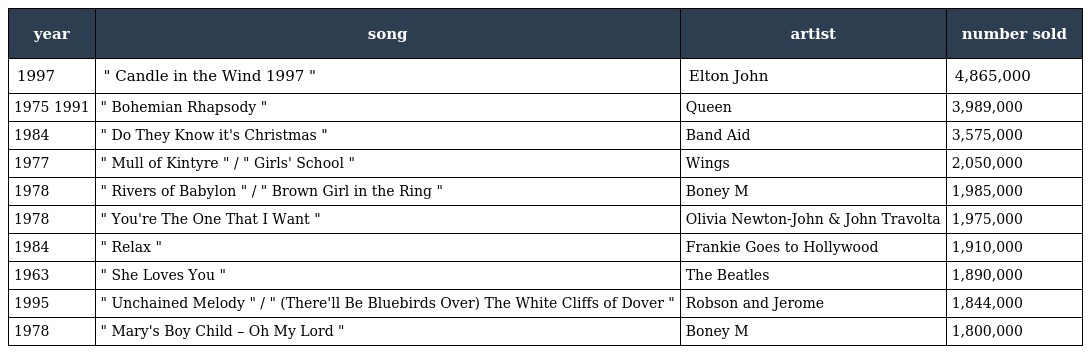
| year | song | artist | number sold |
 | --- | --- | --- | --- |
 | 1997 | " Candle in the Wind 1997 " | Elton John | 4,865,000 |
 | 1975 1991 | " Bohemian Rhapsody " | Queen | 3,989,000 |
 | 1984 | " Do They Know it's Christmas " | Band Aid | 3,575,000 |
 | 1977 | " Mull of Kintyre " / " Girls' School " | Wings | 2,050,000 |
 | 1978 | " Rivers of Babylon " / " Brown Girl in the Ring " | Boney M | 1,985,000 |
 | 1978 | " You're The One That I Want " | Olivia Newton-John & John Travolta | 1,975,000 |
 | 1984 | " Relax " | Frankie Goes to Hollywood | 1,910,000 |
 | 1963 | " She Loves You " | The Beatles | 1,890,000 |
 | 1995 | " Unchained Melody " / " (There'll Be Bluebirds Over) The White Cliffs of Dover " | Robson and Jerome | 1,844,000 |
 | 1978 | " Mary's Boy Child – Oh My Lord " | Boney M | 1,800,000 |